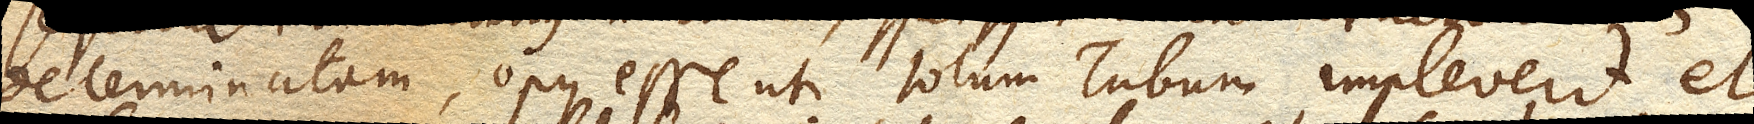
determinatam, opus esse ut totum Tubum impleverit et